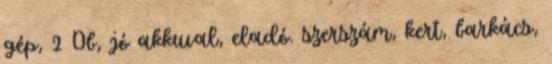
gép, 2 Db, jó akkuval, eladó. szerszám, kert, barkács,